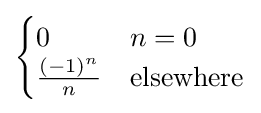
{\begin{cases}0&n=0\\{\frac {(-1)^{n}}{n}}&{\text{elsewhere}}\end{cases}}